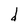
Character: d